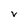
Character: V